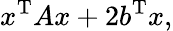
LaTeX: x^{\mathrm{T}}Ax+2b^{\mathrm{T}}x,